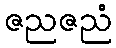
ဇညဇညံ